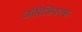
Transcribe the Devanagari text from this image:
ऑरिजिनल्स